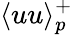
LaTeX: \langle uu\rangle_{p}^{+}